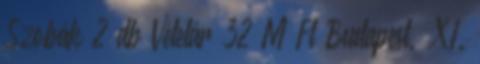
Szobák 2 db Vételár 32 M Ft Budapest, XI.